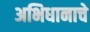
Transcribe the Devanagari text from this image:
अभिधानाचे